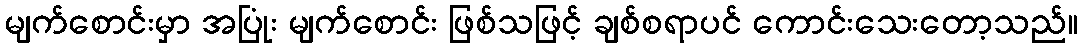
မျက်စောင်းမှာ အပြုံး မျက်စောင်း ဖြစ်သဖြင့် ချစ်စရာပင် ကောင်းသေးတော့သည်။